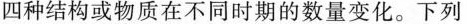
四种结构或物质在不同时期的数量变化。下列